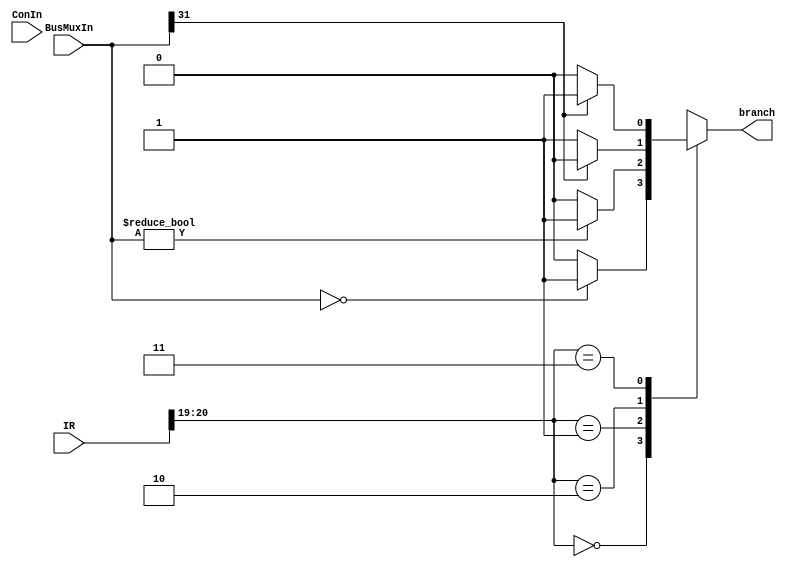
module conff(
    input [31:0] BusMuxIn, 
     input [31:0] IR,
    input ConIn, 
    output branch
); 


reg temp, temp2;
reg [1:0] BusMuxInIR; 
integer i;


    

always @ (BusMuxIn) begin

BusMuxInIR = IR[20:19]; 
    
    case(BusMuxInIR)
            2'b00:begin
                    if(BusMuxIn == 32'b0)begin
                        temp <= 1;
                    end
                    else
                    temp <= 0;
                    end
                
                2'b01:begin
                    if(BusMuxIn != 32'b0)begin
                        temp <= 1;
                    end
						  else
                    temp <= 0;
                  
                    end
                
                2'b10:begin
                    if(BusMuxIn[31] == 1'b0)begin
                        temp <= 1;
                    end
						  else
                    temp <= 0;
                    end
                
                2'b11:begin
                    if(BusMuxIn[31] == 1'b1)begin
                        temp <= 1;
                    end
						  else
                    temp <= 0;
                    end
            
        endcase
          
    end
    
always @ (ConIn) begin
	temp2 <= temp;
end
	
	assign branch = temp2;




endmodule